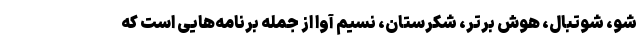
شو، شوتبال، هوش برتر، شکرستان، نسیم آوا از جمله برنامه‌هایی است که